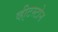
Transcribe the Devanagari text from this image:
व्ही्टस्टोन